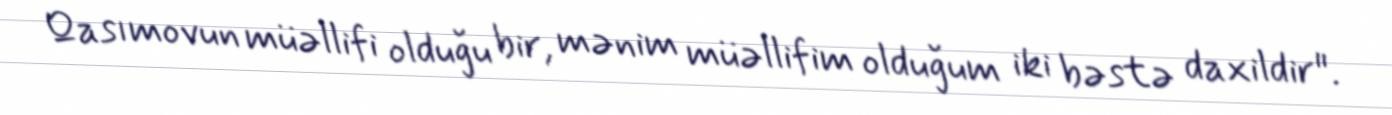
Qasımovun müəllifi olduğu bir, mənim müəllifim olduğum iki bəstə daxildir".